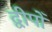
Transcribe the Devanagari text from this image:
द्वीपोँ